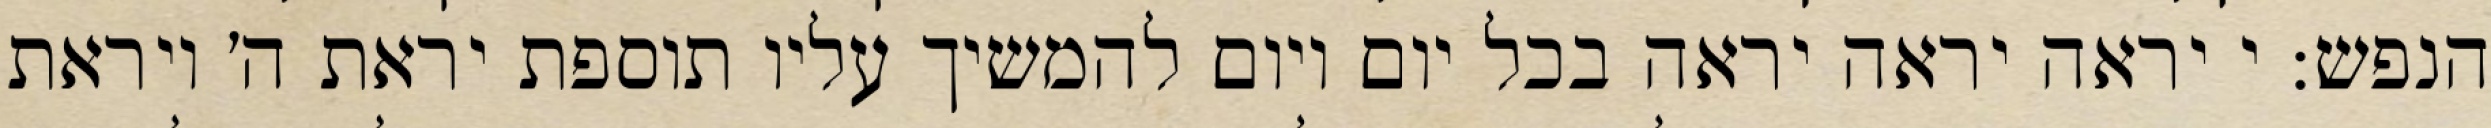
הנפש: י יראה יראה יראה בכל יום ויום להמשיך עליו תוספת יראת ה׳ ויראת